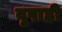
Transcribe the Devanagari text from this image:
वृषाही